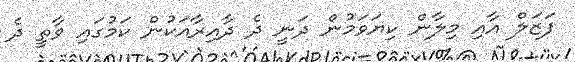
ފަޒަލް އާއި މިލާން ކިޔަވަމުން ދަނީ ދެ ދާއިރާއަކުން ކަމުގައި ވާތީ ދެ